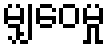
မျှဝေမှု